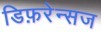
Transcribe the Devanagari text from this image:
डिफ़रेन्सज